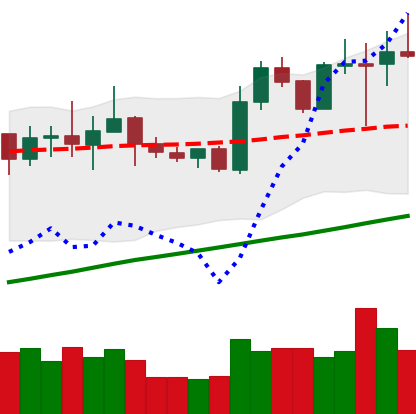
Ticker: NEO-USD
Chart end date: 2020-07-29
Forward return: 6.087%
Label: up_5_7